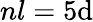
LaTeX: nl=5\mathrm{d}